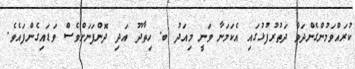
ކުރައްވަމުންގެންދަވާ ދަތުރުފުޅުގައި އެކަމަނާ ވަނީ މިއަދު ބ. ހިތާދޫ އަދި ދޮންފަނަށްވެސް ވަޑައިގެންފައެވެ.